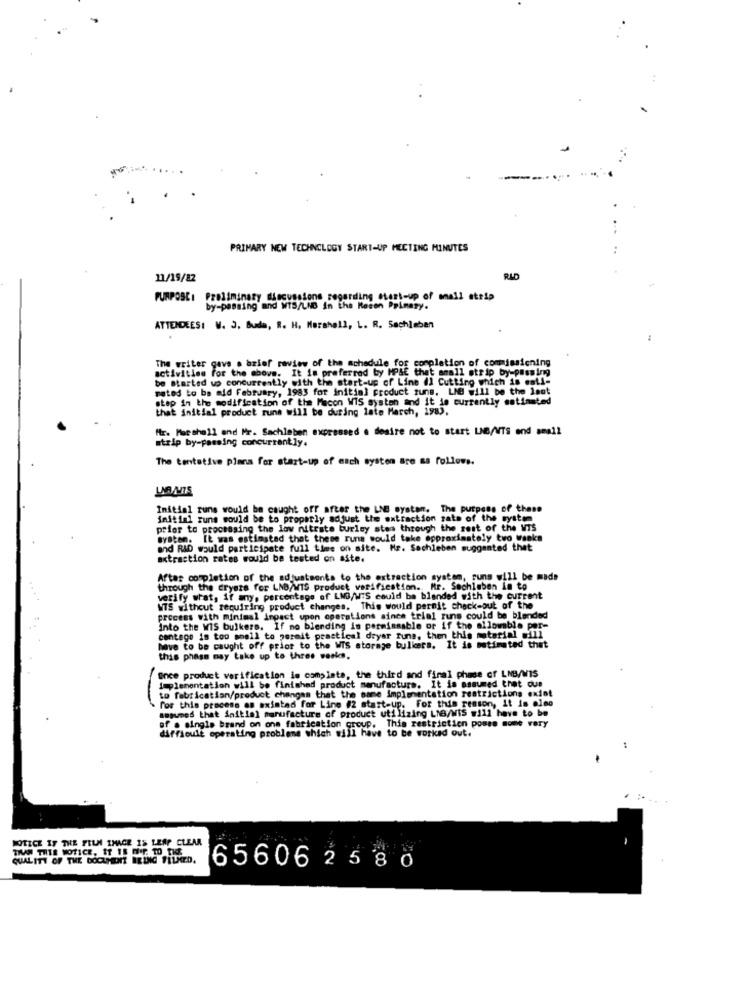
PRIMARY NEW TECHNOLOGY START-UP MECTING MINUTES
11/19/82
RLD
PURPOSE: Preliminary discussions regarding start-up of small strip
by-passing and WTS/LNB in the Recen Primary.
ATTENDEES: W. 3. Buda, R. H. Marshall, L. R. Sachleben
The writer gave a brief review of the schedule for completion of commissioning
activities for the above. It is preferred by MP&E that small strip by-passing
be started up concurrently with the start-up of Line il Cutting which is mati-
mated to be mid February, 1983 for initial product suns. LNB will be the last
step in the modification of the Macon WIS syston and it is currently estimated
that initial product runs will be during late March, 1983.
Mr. Marshall and Mr. Sachleben expressed @ desire not to start LNB/WTS and small
strip by-passing concurrently.
The tentative plans for start-up of each systen are as follows.
Initial runs would be caught off after the LNB system. The purpose of these
initial suns would be to properly adjust the extraction zate of the system
prior to processing the low nitrate burley stes through the rest of the MIS
Bysten. It was estimated that these runs would take approximately two weeks
and RID would participate full time on site. He. Sachleben suggested that
axtraction rates would be tested on site.
After completion of the adjustments to the extraction system, runs will be made
through the crysts for LND/WTS product verifiestian. Mr. Sechleben in to
verify what, if any, percentage of LM/WTS could be blended with the current
WTS without requiring product changes. This would permit check-out of the
process with minimal ingact upon operations since trial runs could be blended
Into the WIS bulkers. If no blending in permissable or if the allowable per-
contage is too shell to permit practical dryer fune, then this material will
have to be caught off prior to the WIS storage bulkers. It is metimated that
this phasm may take up to three weeks.
Once product verification is complete, the third and final phase of LNB/WIS
to fabrication/product changes that the same implementation restrictions exist
implementation will be finished product manufacture. It is assumed that que
for this process as existed for Line #2 start-up. For this reason, it is also
assumes that initial manufacture of product utilizing LNG/WIS #111 have to be
of . single brand on one fabrication group.
difficult operating probleme which will have to be worked out.
This restriction posse mone very
NOTICE IF THE FILM IMAGE 15 LEAF CLEAR
QUALITY OF THE DOCUMENT BEING FILMED.
6560625 80